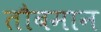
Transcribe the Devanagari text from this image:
तौबमान